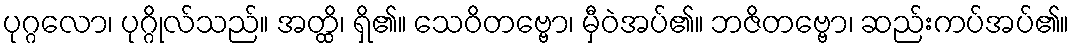
ပုဂ္ဂလော၊ ပုဂ္ဂိုလ်သည်။ အတ္ထိ၊ ရှိ၏။ သေဝိတဗ္ဗော၊ မှီဝဲအပ်၏။ ဘဇိတဗ္ဗော၊ ဆည်းကပ်အပ်၏။